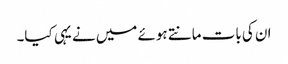
ان کی بات مانتے ہوئے میں نے یہی کیا۔